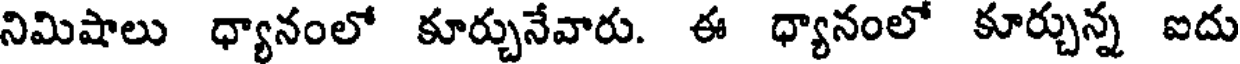
నిమిషాలు ధ్యానంలో కూర్చునేవారు. ఈ ధ్యానంలో కూర్చున్న ఐదు